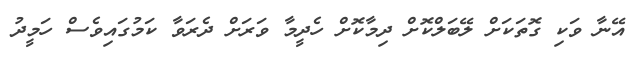
އޭނާ ވަކި ގޮތަކަށް ލޭބަލްކޮށް ދިމާކޮށް ހެދީމާ ވަރަށް ދެރަވާ ކަމުގައިވެސް ހަމީދު